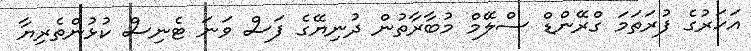
އަހަރުގެ ފުރަތަމަ ގްރޭންޑް ސްލޭމް މުބާރާތުން ދުނިޔޭގެ ފަސް ވަނަ ޓެނިސް ކުޅުންތެރިޔާ